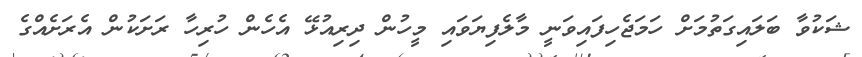
ޝަކުވާ ބަލައިގަތުމަށް ހަމަޖެހިފައިވަނީ މާލެފިޔަވައި މީހުން ދިރިއުޅޭ އެހެން ހުރިހާ ރަށަކުން އެރަށެއްގެ